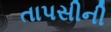
તાપસીની